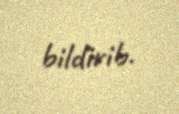
bildirib.